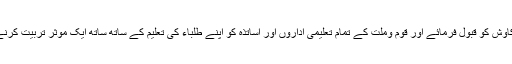
اللہ تعالی ان کی اس کاوش کو قبول فرمائے اور قوم وملت کے تمام تعلیمی اداروں اور اساتذہ کو اپنے طلباء کی تعلیم کے ساتھ ساتھ ایک موثر تربیت کرنے کی بھی توفیق دے۔